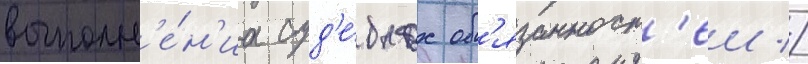
выполн'е́н'иа суд'е́бных об'язанност'еи //